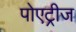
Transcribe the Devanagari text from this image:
पोएट्रीज